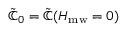
\tilde { \mathbb { C } } _ { 0 } = \tilde { \mathbb { C } } ( H _ { \mathrm { m w } } = 0 )